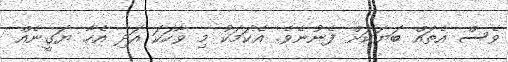
ވެސް އެތައް ބަޔަކަށް ފެނުނެވެ. އެކަމަކު މި ވާހަކަ އަދި އެހާ ޔަގީނެއް